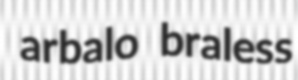
arbalo braless